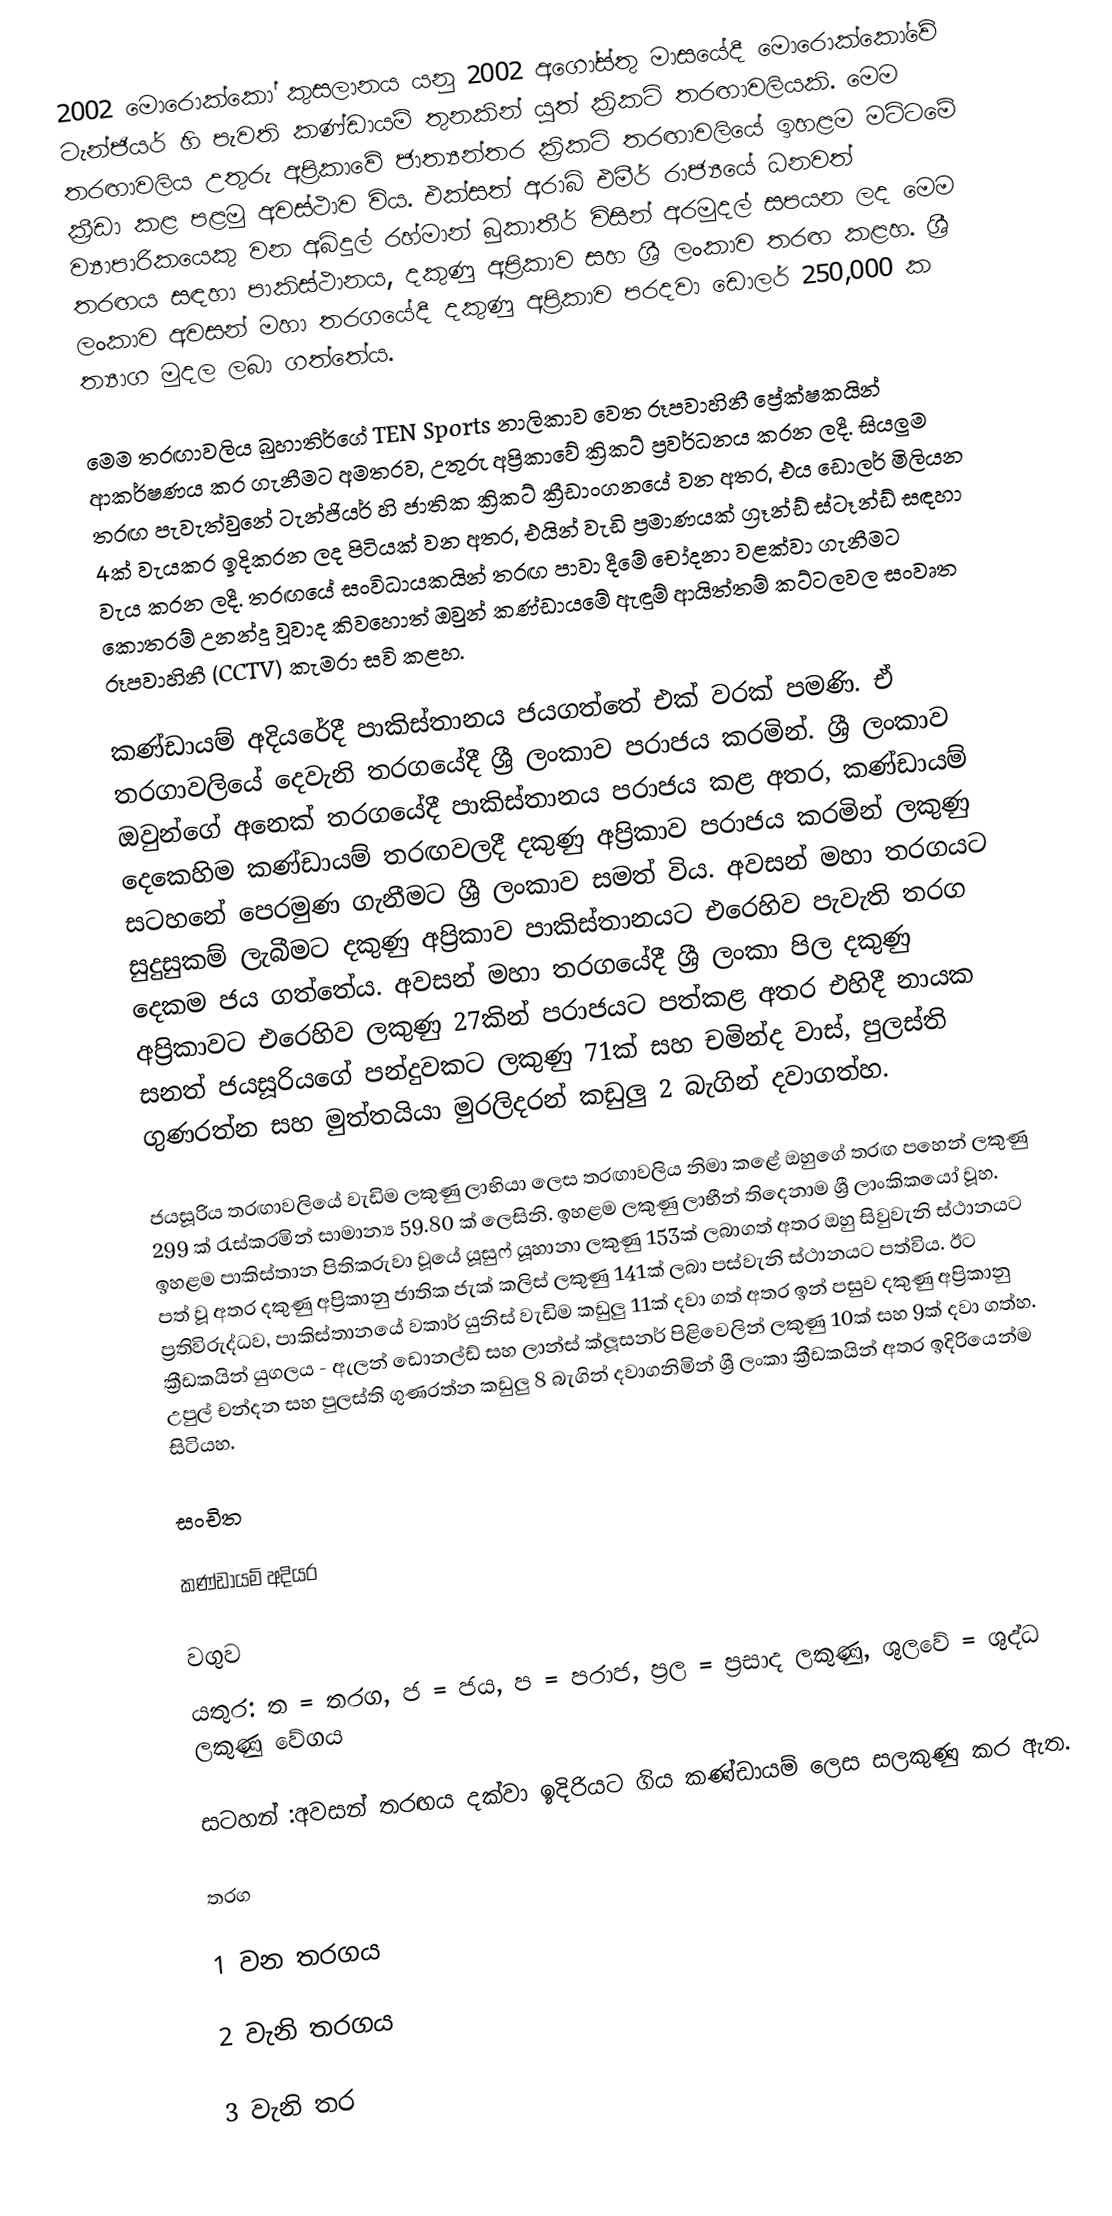
2002 මොරොක්කෝ කුසලානය යනු 2002 අගෝස්තු මාසයේදී මොරොක්කෝවේ ටැන්ජියර් හි පැවති කණ්ඩායම් තුනකින් යුත් ක්‍රිකට් තරඟාවලියකි. මෙම තරඟාවලිය උතුරු අප්‍රිකාවේ ජාත්‍යන්තර ක්‍රිකට් තරඟාවලියේ ඉහළම මට්ටමේ ක්‍රීඩා කළ පළමු අවස්ථාව විය. එක්සත් අරාබි එමීර් රාජ්‍යයේ ධනවත් ව්‍යාපාරිකයෙකු වන අබ්දුල් රහ්මාන් බුකාතීර් විසින් අරමුදල් සපයන ලද මෙම තරඟය සඳහා පාකිස්ථානය, දකුණු අප්‍රිකාව සහ ශ්‍රී ලංකාව තරඟ කළහ. ශ්‍රී ලංකාව අවසන් මහා තරගයේදී දකුණු අප්‍රිකාව පරදවා ඩොලර් 250,000 ක ත්‍යාග මුදල ලබා ගත්තේය.

මෙම තරඟාවලිය බුහාතිර්ගේ TEN Sports නාලිකාව වෙත රූපවාහිනී ප්‍රේක්ෂකයින් ආකර්ෂණය කර ගැනීමට අමතරව, උතුරු අප්‍රිකාවේ ක්‍රිකට් ප්‍රවර්ධනය කරන ලදී. සියලුම තරඟ පැවැත්වුනේ ටැන්ජියර් හි ජාතික ක්‍රිකට් ක්‍රීඩාංගනයේ වන අතර, එය ඩොලර් මිලියන 4ක් වැයකර ඉදිකරන ලද පිටියක් වන අතර, එයින් වැඩි ප්‍රමාණයක් ග්‍රෑන්ඩ් ස්ටෑන්ඩ් සඳහා වැය කරන ලදී. තරඟයේ සංවිධායකයින් තරඟ පාවා දීමේ චෝදනා වළක්වා ගැනීමට කොතරම් උනන්දු වූවාද කිවහොත් ඔවුන් කණ්ඩායමේ ඇඳුම් ආයිත්තම් කට්ටලවල සංවෘත රූපවාහිනී (CCTV) කැමරා සවි කළහ.

කණ්ඩායම් අදියරේදී පාකිස්තානය ජයගත්තේ එක් වරක් පමණි. ඒ තරගාවලියේ දෙවැනි තරගයේදී ශ්‍රී ලංකාව පරාජය කරමින්. ශ්‍රී ලංකාව ඔවුන්ගේ අනෙක් තරගයේදී පාකිස්තානය පරාජය කළ අතර, කණ්ඩායම් දෙකෙහිම කණ්ඩායම් තරඟවලදී දකුණු අප්‍රිකාව පරාජය කරමින් ලකුණු සටහනේ පෙරමුණ ගැනීමට ශ්‍රී ලංකාව සමත් විය. අවසන් මහා තරගයට සුදුසුකම් ලැබීමට දකුණු අප්‍රිකාව පාකිස්තානයට එරෙහිව පැවැති තරග දෙකම ජය ගත්තේය. අවසන් මහා තරගයේදී ශ්‍රී ලංකා පිල දකුණු අප්‍රිකාවට එරෙහිව ලකුණු 27කින් පරාජයට පත්කළ අතර එහිදී නායක සනත් ජයසූරියගේ පන්දුවකට ලකුණු 71ක් සහ චමින්ද වාස්, පුලස්ති ගුණරත්න සහ මුත්තයියා මුරලිදරන් කඩුලු 2 බැගින් දවාගත්හ.

ජයසූරිය තරඟාවලියේ වැඩිම ලකුණු ලාභියා ලෙස තරඟාවලිය නිමා කළේ ඔහුගේ තරඟ පහෙන් ලකුණු 299 ක් රැස්කරමින් සාමාන්‍ය 59.80 ක් ලෙසිනි. ඉහළම ලකුණු ලාභීන් තිදෙනාම ශ්‍රී ලාංකිකයෝ වූහ. ඉහළම පාකිස්තාන පිතිකරුවා වූයේ යූසුෆ් යූහානා ලකුණු 153ක් ලබාගත් අතර ඔහු සිවුවැනි ස්ථානයට පත් වූ අතර දකුණු අප්‍රිකානු ජාතික ජැක් කලිස් ලකුණු 141ක් ලබා පස්වැනි ස්ථානයට පත්විය. ඊට ප්‍රතිවිරුද්ධව, පාකිස්තානයේ වකාර් යුනිස් වැඩිම කඩුලු 11ක් දවා ගත් අතර ඉන් පසුව දකුණු අප්‍රිකානු ක්‍රීඩකයින් යුගලය - ඇලන් ඩොනල්ඩ් සහ ලාන්ස් ක්ලූසනර් පිළිවෙලින් ලකුණු 10ක් සහ 9ක් දවා ගත්හ. උපුල් චන්දන සහ පුලස්ති ගුණරත්න කඩුලු 8 බැගින් දවාගනිමින් ශ්‍රී ලංකා ක්‍රීඩකයින් අතර ඉදිරියෙන්ම සිටියහ.

සංචිත

කණ්ඩායම් අදියර

වගුව
යතුර: ත = තරග, ජ = ජය, ප = පරාජ, ප්‍රල = ප්‍රසාද ලකුණු, ශුලවේ = ශුද්ධ ලකුණු වේගය

සටහන් :අවසන් තරඟය දක්වා ඉදිරියට ගිය කණ්ඩායම්  ලෙස සලකුණු කර ඇත.

තරග

1 වන තරගය

2 වැනි තරගය

3 වැනි තර